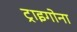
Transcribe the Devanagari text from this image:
ट्राइगोना